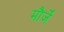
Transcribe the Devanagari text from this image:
मौर्जें